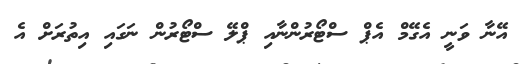
އޭނާ ވަނީ އެގޭމް އެޕް ސްޓޯރުންނާއި ޕްލޭ ސްޓޯރުން ނަގައި އިތުރަށް އެ